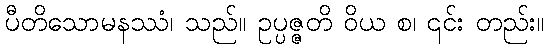
ပီတိသောမနဿံ၊ သည်။ ဥပ္ပဇ္ဇတိ ဝိယ စ၊ ၎င်း တည်း။